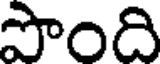
పొంది